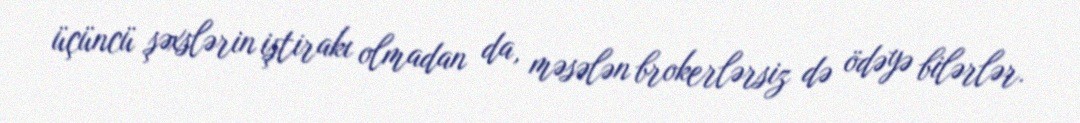
üçüncü şəxslərin iştirakı olmadan da, məsələn brokerlərsiz də ödəyə bilərlər.